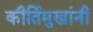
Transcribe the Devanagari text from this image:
कीर्तिमुखांनी